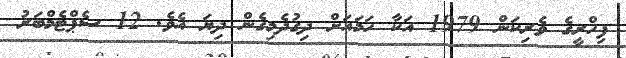
ފިހްރީގެ ވެރިކަން 1979 އަކާ ހަމައަށް ދިގުދެމިގެން ދިޔަ އެވެ. 12 ސެޕްޓެމްބަރު